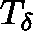
T _ { \mathbf { \delta } }